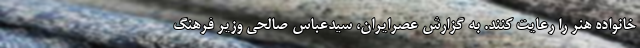
خانواده هنر را رعایت کنند. به گزارش عصرایران، سیدعباس صالحی وزیر فرهنگ